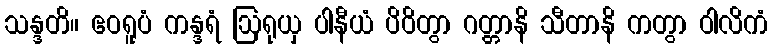
သန္ဒတိ။ ဧဝရူပံ ကန္ဒရံ ဩရုယှ ပါနီယံ ပိဝိတွာ ဂတ္တာနိ သီတာနိ ကတွာ ဝါလိကံ